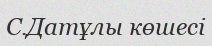
С.Датұлы көшесі